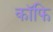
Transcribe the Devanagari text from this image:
कॉफि